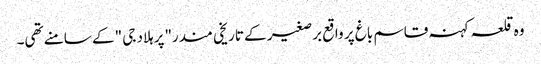
وہ قلعہ کہنہ قاسم باغ پر واقع برصغیر کے تاریخی مندر"پرہلاد جی "کے سامنے تھی۔